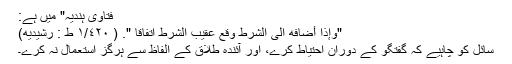
فتاوی ہندیہ" میں ہے:
"وإذا أضافه الی الشرط وقع عقيب الشرط اتفاقاً ". ( ١/٤٢٠ ط : رشیدیه)
سائل کو چاہیے کہ گفتگو کے دوران احتیاط کرے، اور آئندہ طلاق کے الفاظ سے ہرگز استعمال نہ کرے۔